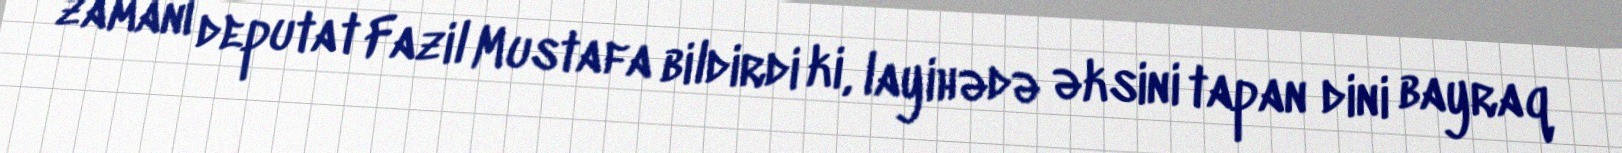
zamanı deputat Fazil Mustafa bildirdi ki, layihədə əksini tapan dini bayraq